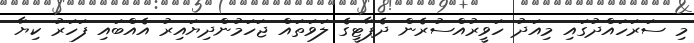
މި ސަރަހައްދުގައި މިއަދު ހަވީރުއްސުރެން ދެޕާޓީގެ ލަވަތައް ޖަހަމުންދިޔައިރު އެއްބައި ފަހަރު ކިޔާ